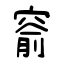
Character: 窬